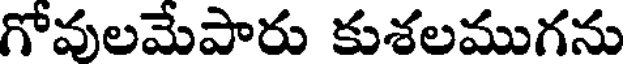
గోవులమేపారు కుశలముగను